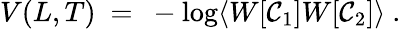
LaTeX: V(L,T)~=~-\log\langle W[{\cal C}_{1}]W[{\cal C}_{2}]\rangle~.